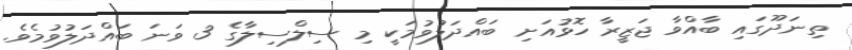
ތިނަދޫގައި ބާއްވާ ޖަޒީރާ ހޮޅުއަށި ބައްދަލުވުމަކީ މި ސިލްސިލާގެ 3 ވަނަ ބައްދަލުވުމެވެ.